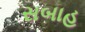
સબાહ